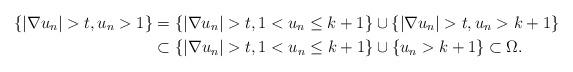
LaTeX: \begin{align*}\{|\nabla u_n|> t, u_n>1\} & = \{|\nabla u_n|> t,1<u_n\leq k+1\} \cup \{|\nabla u_n| > t,u_n > k+1\}\\& \subset \{|\nabla u_n|> t,1<u_n\leq k+1\} \cup \{u_n > k+1\}\subset \Omega.\end{align*}